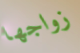
زواجها